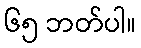
၆၅ ဘတ်ပါ။